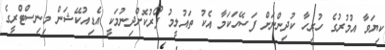
ކިޔަވާ އުމުރުގެ ހުރިހާ ކުދިންނަށް ފަސޭހަކަމާ އެކު ތައުލީމު ފޯރުކޮށްދިނުމަކީ އެޑިއުކޭޝަން މިނިސްޓްރީގެ